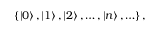
\left\{ \left| 0 \right\rangle , \left| 1 \right\rangle , \left| 2 \right\rangle , \ldots , \left| n \right\rangle , \ldots \right\} ,